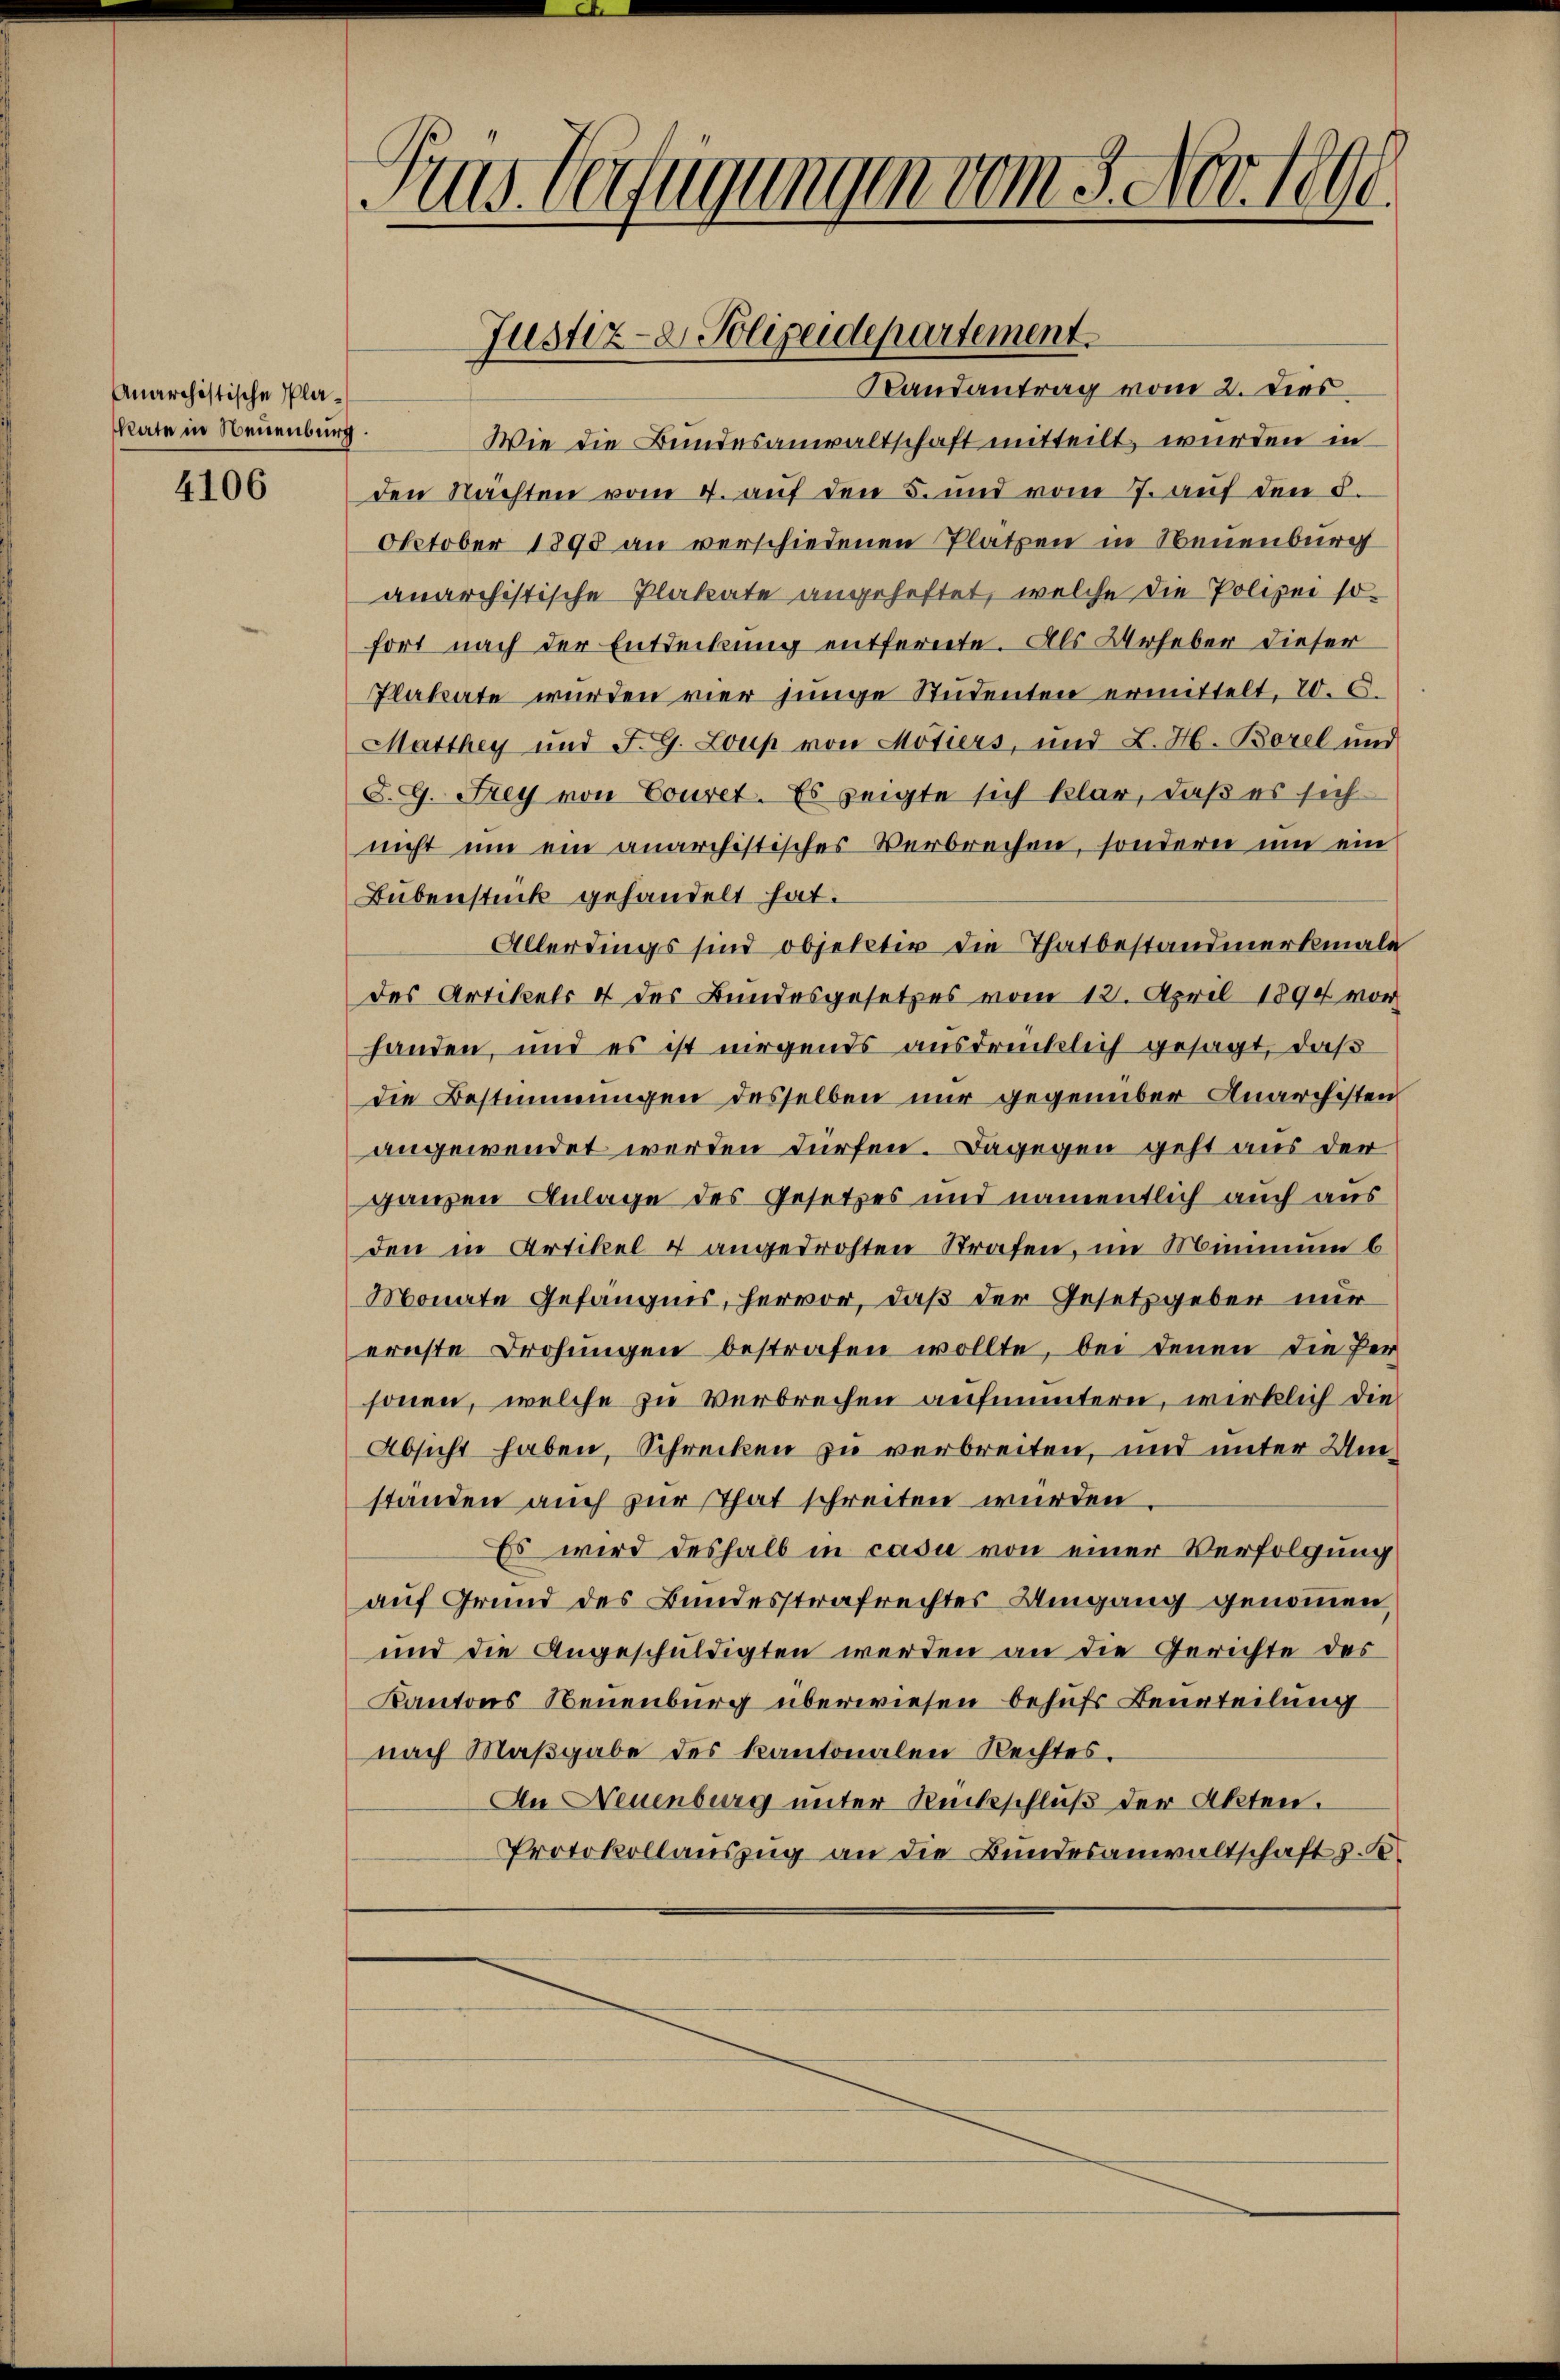
Anarchistische Plakate in Neuenburg.

4106

us. Verfügungen vom 3. Nov. 1890

Justiz- & Polizeidepartement
Randantrag vom 2. Dies

Wie die Bundesanwaltschaft mitteilt, wurden in
den Nachten vom 4. auf den 5. und vom 7. aŭf den 8.
October 1898 an verschiedenen Platzen in Neuenburg
anarchistische Plakate angeheftet, welche die Polizei sofort nach der Entdeckung entfernte. Als Urheber dieser
Plakate wurden vier junge Studenten ermittelt, 20. C.
Matthey und F. G. Loup von Motiers, und L. H. Borel und
d. G. Frey von Couret. Es zeigte sich klar, daß es sich
nicht ŭm ein anarchistisches Verbrechen, sondern um ein
Bubenstück gehandelt hat.
Allerdings sind objektiv die Thatbestandmerkmale
des Artikels 4 des Bundesgesetzes vom 12. April 1890 vor
handen, und es ist nirgends ausdrücklich gesagt, daß
die Bestimmungen desselben nur gegenüber Anarchisten
angewendet werden dürfen. Dagegen geht aus der
ganzen Anlage des Gesetzes und namentlich auch aus
den in Artikel & angedrohten Strafen, im Mimmung b
Monate Gefängnis, hervor, daß der Gesetzgeber nur
ernste Drohungen bestrafen wollte, bei denen die Per-
sonen, welche zu Verbrechen aufmuntern, wirklich die
Absicht haben, Schrecken zu verbreiten, und unter Umständen auch zur That schreiten würden.
Es wird deshalb in casu von einer Verfolgung
auf Grund des Bundesstrafrechtes Umgang genommen,
und die Angeschuldigten werden an die Gerichte des
Kantons Neuenburg überwiesen behufs Beurteilung
nach Maßgabe des Kantonalen Rechtes.
An Neuenburg unter Rückschluß der Akten.
Protokollauszug an die Bundesanwaltschaft z. B.